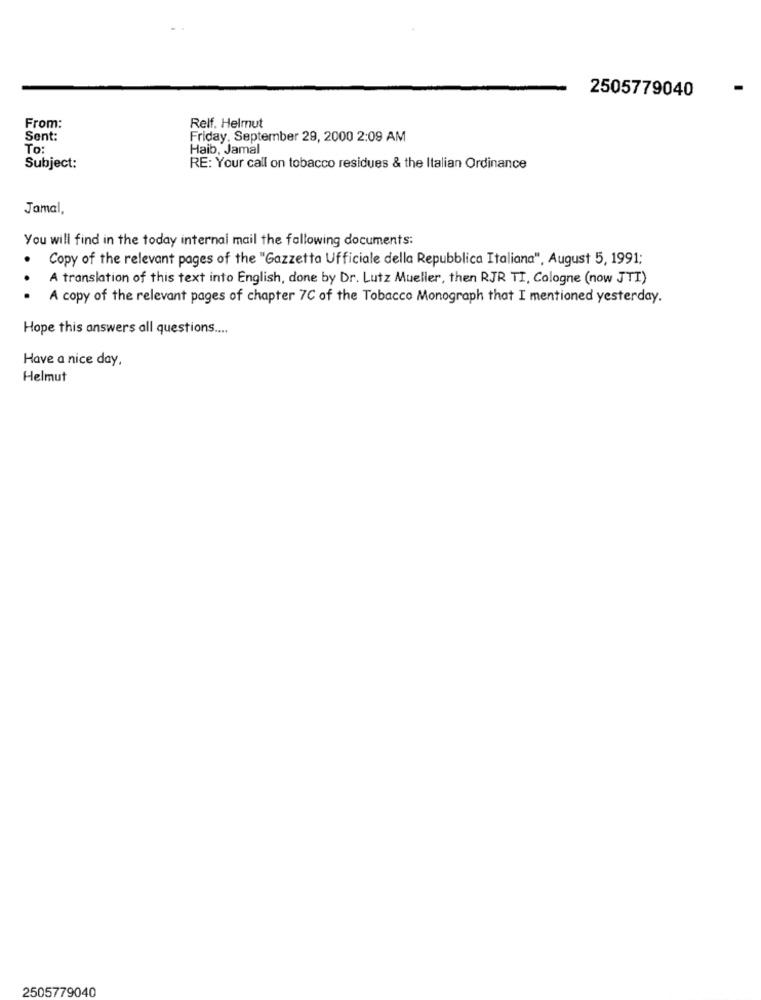
2505779040
From:
Relf. Helmut
Sent:
Friday, September 29, 2000 2:09 AM
To:
Haib, Jamal
Subject:
RE: Your call on tobacco residues & the Italian Ordinance
Jamal,
You will find in the today internal mail the following documents:
Copy of the relevant pages of the "Gazzetta Ufficiale della Repubblica Italiana", August 5, 1991;
. .
A translation of this text into English, done by Dr. Lutz Mueller, then RJR TI, Cologne (now JTI)
A copy of the relevant pages of chapter 7C of the Tobacco Monograph that I mentioned yesterday.
Hope this answers all questions ....
Have a nice day.
Helmut
2505779040